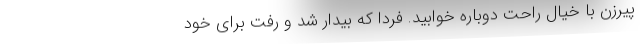
پیرزن با خیال راحت دوباره خوابید. فردا که بیدار شد و رفت برای خود